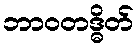
ဘာဝတဒ္ဓိတ်